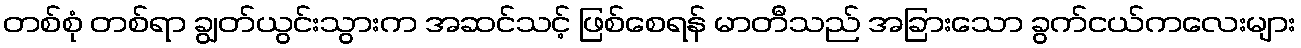
တစ်စုံ တစ်ရာ ချွတ်ယွင်းသွားက အဆင်သင့် ဖြစ်စေရန် မာတီသည် အခြားသော ခွက်ငယ်ကလေးများ